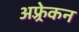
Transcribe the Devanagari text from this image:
अफ़्र्रेकन